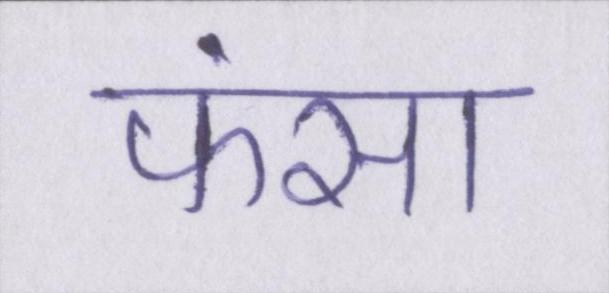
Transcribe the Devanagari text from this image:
फंसा